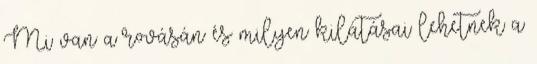
Mi van a rovásán és milyen kilátásai lehetnek a